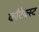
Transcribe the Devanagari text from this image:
कॉंटेक्स्ट